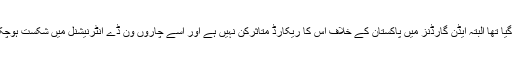
اس نے چار میں سے تین میچز جیتے ہیں اور ایک میچ ٹائی ہوا ہے اور وہ بھی انڈیا ’بول آؤٹ‘ پر جیت گیا تھا البتہ ایڈن گارڈنز میں پاکستان کے خلاف اس کا ریکارڈ متاثرکن نہیں ہے اور اسے چاروں ون ڈے انٹرنیشنل میں شکست ہوچکی ہے جبکہ اس میدان میں کھیلے گئے سات ٹیسٹ میچز میں دونوں ٹیمیں ایک ایک میچ جیت چکی ہیں۔